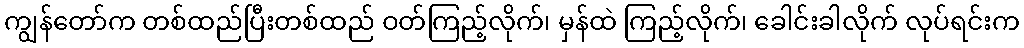
ကျွန်တော်က တစ်ထည်ပြီးတစ်ထည် ဝတ်ကြည့်လိုက်၊ မှန်ထဲ ကြည့်လိုက်၊ ခေါင်းခါလိုက် လုပ်ရင်းက